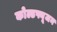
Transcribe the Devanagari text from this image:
कोल्डफ्यूजन